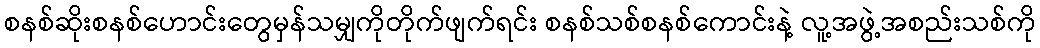
စနစ်ဆိုးစနစ်ဟောင်းတွေမှန်သမျှကိုတိုက်ဖျက်ရင်း စနစ်သစ်စနစ်ကောင်းနဲ့ လူ့အဖွဲ့အစည်းသစ်ကို